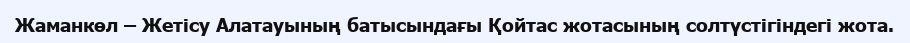
Жаманкөл – Жетісу Алатауының батысындағы Қойтас жотасының солтүстігіндегі жота.